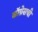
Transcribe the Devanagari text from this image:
कॉग्रेसची